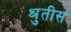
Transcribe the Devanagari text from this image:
श्रुतीस